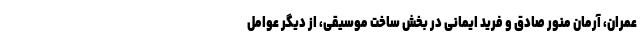
عمران، آرمان منور صادق و فرید ایمانی در بخش ساخت موسیقی، از دیگر عوامل